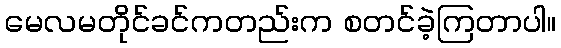
မေလမတိုင်ခင်ကတည်းက စတင်ခဲ့ကြတာပါ။